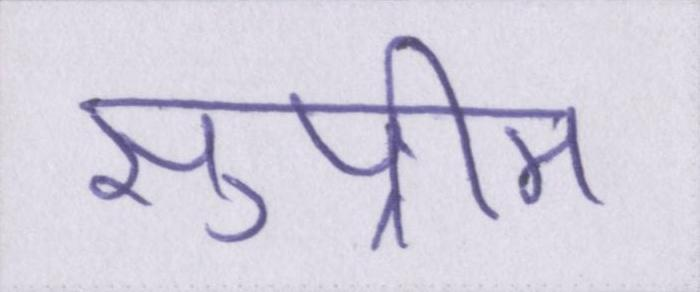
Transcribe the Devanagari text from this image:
सुप्रीम